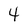
Character: 4